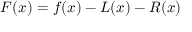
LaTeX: F ( x ) = f ( x ) - L ( x ) - R ( x )